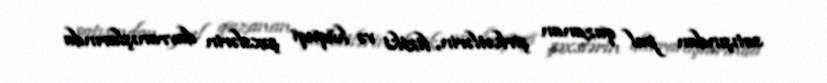
satışından pul qazanan şirkətlərin, fiziki və hüquqi şəxslərin davranışlarında